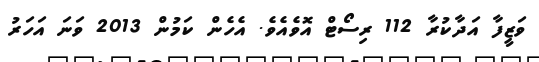
ވަޒީފާ އަދާކުރާ 112 ރިސޯޓް އޮވެއެވެ. އެހެން ކަމުން 2013 ވަނަ އަހަރު